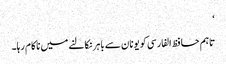
‘
تاہم حافظ الفارسی کو یونان سے باہر نکالنے میں ناکام رہا۔